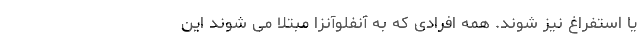
یا استفراغ نیز شوند. همه افرادی که به آنفلوآنزا مبتلا می شوند این